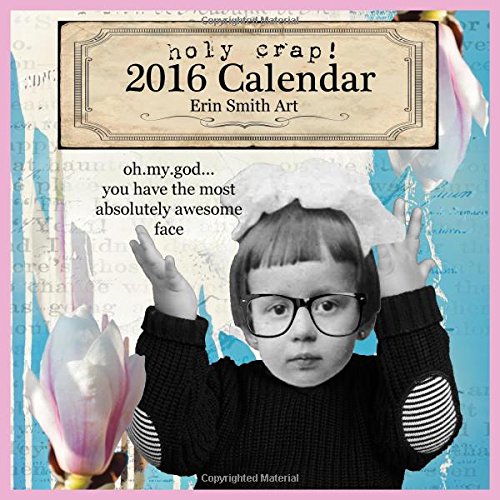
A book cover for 2016 Erin Smith Wall Calendar; Erin Smith; Calendars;